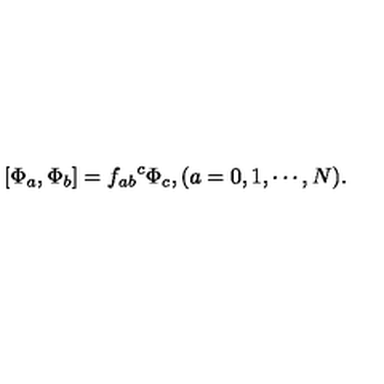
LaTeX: [ \Phi _ { a } , \Phi _ { b } ] = { f _ { a b } } ^ { c } \Phi _ { c } , ( a = 0 , 1 , \cdots , N ) .